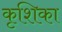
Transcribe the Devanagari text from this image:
कृशिका